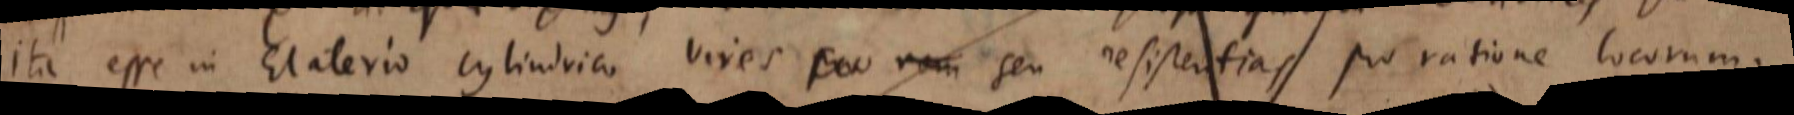
ita esse in Elaterio cylindrico vires seu resistentias pro ratione locorum.